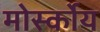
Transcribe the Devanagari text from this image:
मोर्स्कोय